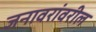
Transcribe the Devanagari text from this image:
जनावरांवरील